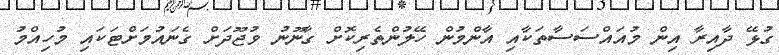
ގުޅޭ ދާއިރާ އިން މުއައްސަސާތަކާއި އާންމުން ހޭލުންތެރިކޮށް ގާނޫނު ވުޖޫދަށް ގެނައުމަށްޓަކައި މުހިއްމު